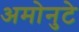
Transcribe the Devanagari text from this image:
अमोनुटे